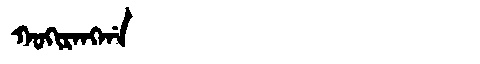
Manchu: ᡴᠣᡴᡳᡵᠠᠩᡤᠠ
Romanization: KOKIRANGGA